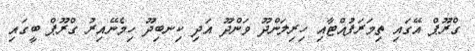
ގްރޫޕް އޭގައި ތިމަރަފުއްޓާއި ހިރިލަންދޫ ވަންދޫ އަދި ކިނބިދޫ ހިމެނޭއިރު ގްރޫޕް ބީގައި